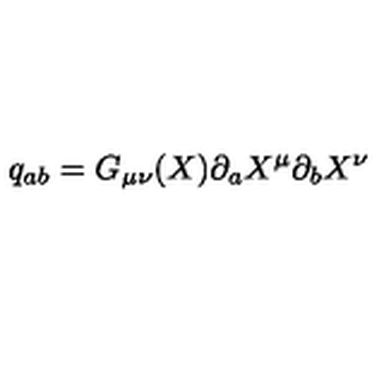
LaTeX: q _ { a b } = G _ { \mu \nu } ( X ) \partial _ { a } X ^ { \mu } \partial _ { b } X ^ { \nu }